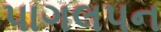
પાગલપન